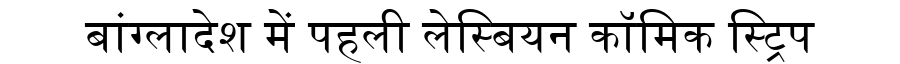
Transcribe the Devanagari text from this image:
बांग्लादेश में पहली लेस्बियन कॉमिक स्ट्रिप